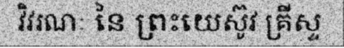
វិវរណៈ នៃ ព្រះយេស៊ូវ គ្រីស្ទ